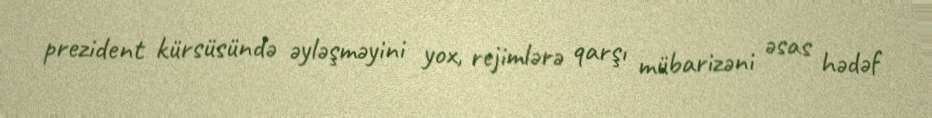
prezident kürsüsündə əyləşməyini yox, rejimlərə qarşı mübarizəni əsas hədəf